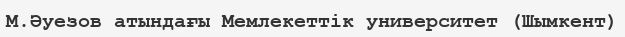
М.Әуезов атындағы Мемлекеттік университет (Шымкент)